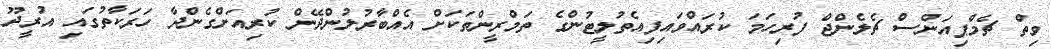
ވިތް ޗެމްޕިއަންސް ޗެލެންޖް ފުރިހަމަ ކުރައްވައިފިއެތުލީޓުންގެ ތަމްރީންތަކަށް އެއްބާރުލުންދޭން ކުރިއަށްގެންދާ ހަރަކާތުގައި އުރީދޫ